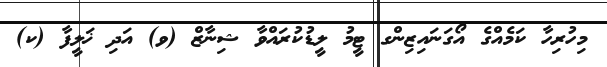
މިހުރިހާ ކަމެއްގެ އޯގަނައިޒިންގ ޓީމު ލީޑުކުރައްވާ ޝިނާޒް (ވ) އަދި ޚަލީފާ (ކ)